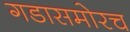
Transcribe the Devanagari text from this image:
गडासमोरच